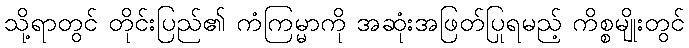
သို့ရာတွင် တိုင်းပြည်၏ ကံကြမ္မာကို အဆုံးအဖြတ်ပြုရမည့် ကိစ္စမျိုးတွင်